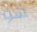
هو